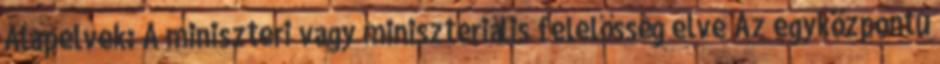
Alapelvek: A miniszteri vagy miniszteriális felelősség elve Az egyközpontú